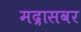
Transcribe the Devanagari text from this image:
मद्रासवर